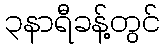
၃နာရီခန့်တွင်